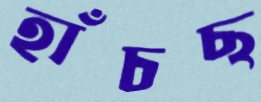
হাঁচছ